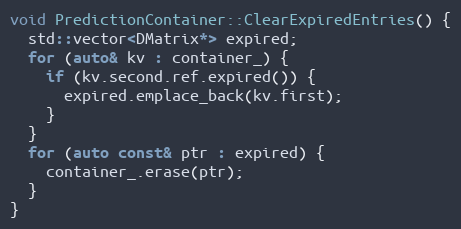
Language: C++
void PredictionContainer::ClearExpiredEntries() {
  std::vector<DMatrix*> expired;
  for (auto& kv : container_) {
    if (kv.second.ref.expired()) {
      expired.emplace_back(kv.first);
    }
  }
  for (auto const& ptr : expired) {
    container_.erase(ptr);
  }
}